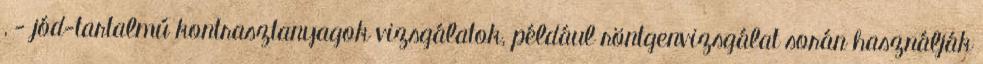
, - jód-tartalmú kontrasztanyagok vizsgálatok, például röntgenvizsgálat során használják